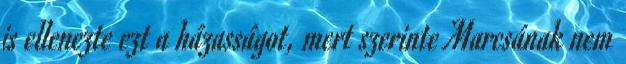
is ellenezte ezt a házasságot, mert szerinte Marcsának nem